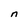
Character: n